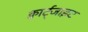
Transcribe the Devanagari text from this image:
क्वार्ट्जाइट